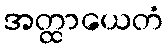
အတ္ထာယေတံ